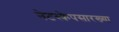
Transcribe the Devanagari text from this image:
नेटस्केपसारख्या